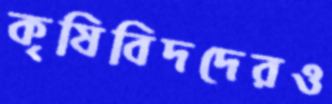
কৃষিবিদদেরও